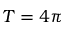
T = 4 \pi